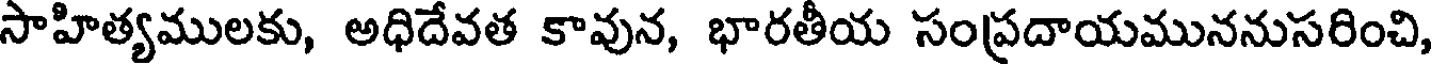
సాహిత్యములకు, అధిదేవత కావున, భారతీయ సంప్రదాయముననుసరించి,